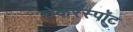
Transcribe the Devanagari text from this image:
चेकरस्पॉट